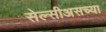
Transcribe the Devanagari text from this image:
सेल्सीअसच्या